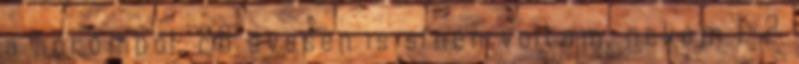
a bőrömből. 28 évesen is sínen voltam, nekem 1-2